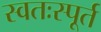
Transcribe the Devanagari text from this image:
स्वतःस्पूर्त